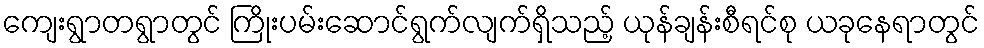
ကျေးရွာတရွာတွင် ကြိုးပမ်းဆောင်ရွက်လျက်ရှိသည့် ယုန်ချန်းစီရင်စု ယခုနေရာတွင်